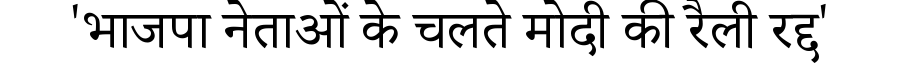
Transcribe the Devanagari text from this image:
'भाजपा नेताओं के चलते मोदी की रैली रद्द'